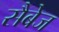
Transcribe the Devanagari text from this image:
सैबेज